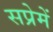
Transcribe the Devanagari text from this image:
सप्रेमें